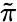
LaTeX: \tilde{\pi}